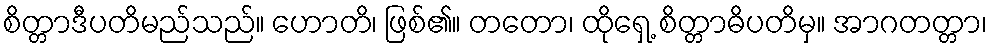
စိတ္တာဒီပတိမည်သည်။ ဟောတိ၊ ဖြစ်၏။ တတော၊ ထိုရှေ့ စိတ္တာဓိပတိမှ။ အာဂတတ္တာ၊